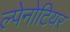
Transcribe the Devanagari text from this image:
ल्पेनोटियर